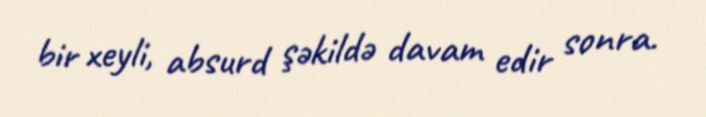
bir xeyli, absurd şəkildə davam edir sonra.